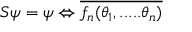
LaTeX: S \psi = \psi \Leftrightarrow \overline { { { f _ { n } ( \theta _ { 1 } , . . . . . \theta _ { n } ) } } }